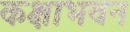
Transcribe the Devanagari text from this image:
कक्षाभवन